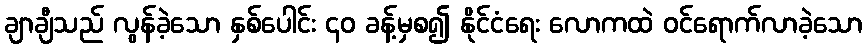
ချာချီသည် လွန်ခဲ့သော နှစ်ပေါင်း ၄၀ ခန့်မှစ၍ နိုင်ငံရေး လောကထဲ ဝင်ရောက်လာခဲ့သော